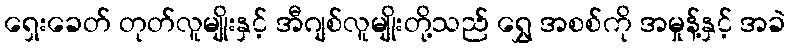
ရှေးခေတ် တုတ်လူမျိုးနှင့် အီဂျစ်လူမျိုးတို့သည် ရွှေ အစစ်ကို အမှုန့်နှင့် အခဲ